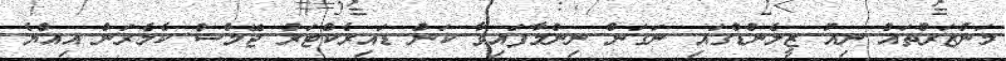
މަންޒަރުތައް ނިއު ޒީލެންޑްގައި ނަގަން ނިންމާފައިވާ ކަން ޑައިރެކްޓަރު ޖޭމްސް ކެމެރަން އިއްޔެ